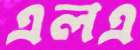
এলএ